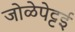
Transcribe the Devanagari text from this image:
जोळेपेट्टई